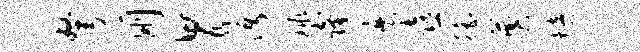
弩朋胃沔球窿麾喜徭奠培